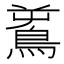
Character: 𪀝